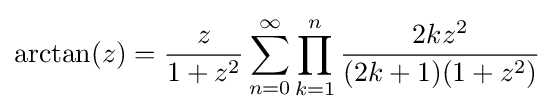
\arctan(z)={\frac {z}{1+z^{2}}}\sum _{n=0}^{\infty }\prod _{k=1}^{n}{\frac {2kz^{2}}{(2k+1)(1+z^{2})}}